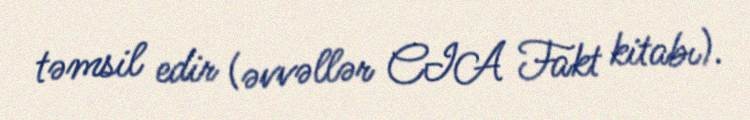
təmsil edir (əvvəllər CIA Fakt kitabı).